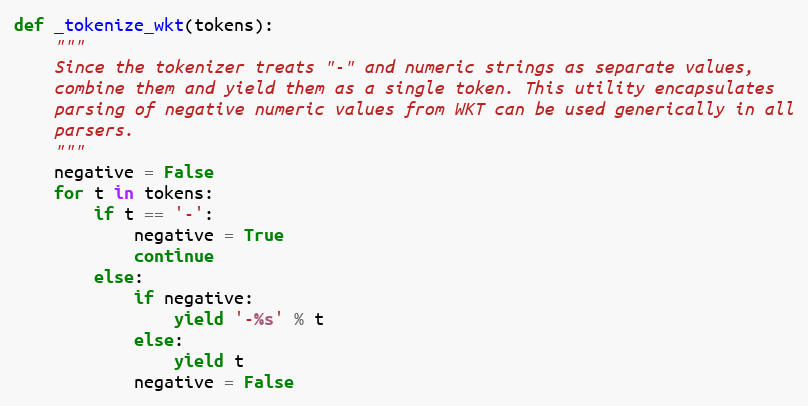
Language: Python
def _tokenize_wkt(tokens):
    """
    Since the tokenizer treats "-" and numeric strings as separate values,
    combine them and yield them as a single token. This utility encapsulates
    parsing of negative numeric values from WKT can be used generically in all
    parsers.
    """
    negative = False
    for t in tokens:
        if t == '-':
            negative = True
            continue
        else:
            if negative:
                yield '-%s' % t
            else:
                yield t
            negative = False